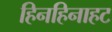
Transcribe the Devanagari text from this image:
हिनहिनाहट